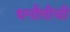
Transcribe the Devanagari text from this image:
धनौतीची